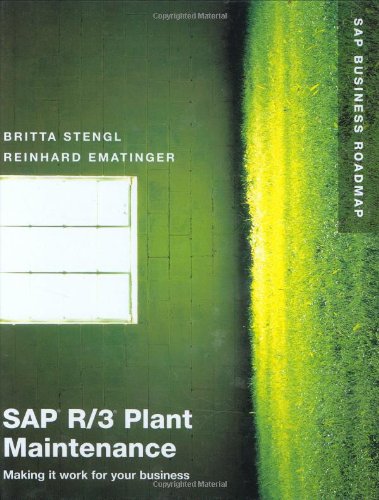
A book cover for SAP R/3 Plant Maintenance: Making it work for your business; Britta Stengl; Computers & Technology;